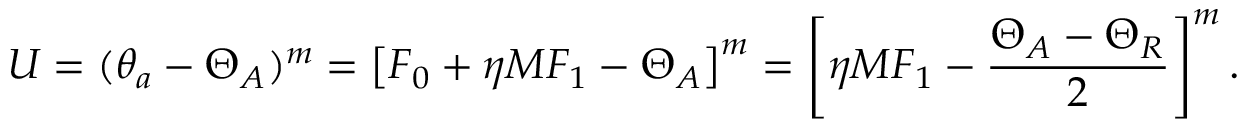
U = ( \theta _ { a } - \Theta _ { A } ) ^ { m } = \left[ F _ { 0 } + \eta M F _ { 1 } - \Theta _ { A } \right] ^ { m } = \left[ \eta M F _ { 1 } - \frac { \Theta _ { A } - \Theta _ { R } } { 2 } \right] ^ { m } .